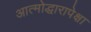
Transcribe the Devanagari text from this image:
आत्मोद्धारापेक्षा